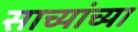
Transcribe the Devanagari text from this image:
साच्यांच्या